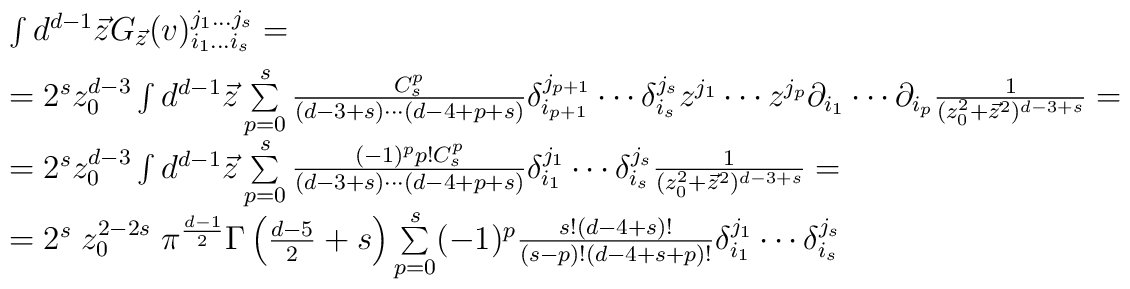
\begin{array}{l}\int d^{d-1}\vec{z} G_{\vec{z}}(v)^{j_1\ldots j_s}_{i_1\ldots i_s}=\\[5pt]=2^sz_0^{d-3}\int d^{d-1}\vec{z}\sum\limits_{p=0}^s{C_s^p\over (d-3+s)\cdots (d-4+p+s)}\delta_{i_{p+1}}^{j_{p+1}}\cdots\delta_{i_s}^{j_s}z^{j_1}\cdots z^{j_p}\partial_{i_1}\cdots\partial_{i_p}{1\over (z_0^2+\vec{z}^2)^{d-3+s}}=\\[5pt]=2^sz_0^{d-3}\int d^{d-1}\vec{z}\sum\limits_{p=0}^s{(-1)^p p!C_s^p\over (d-3+s)\cdots (d-4+p+s)}\delta_{i_{1}}^{j_{1}}\cdots\delta_{i_s}^{j_s}{1\over (z_0^2+\vec{z}^2)^{d-3+s}}=\\[5pt]=2^s\; z_0^{2-2s}\;\pi^{d-1\over 2}\Gamma\left({d-5\over 2}+s\right)\sum\limits_{p=0}^{s}(-1)^p{s!(d-4+s)!\over (s-p)! (d-4+s+p)!}\delta_{i_{1}}^{j_{1}}\cdots\delta_{i_s}^{j_s}\end{array}